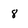
Character: 8